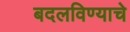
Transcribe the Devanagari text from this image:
बदलविण्याचे